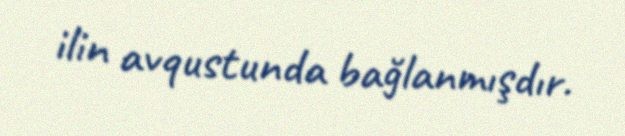
ilin avqustunda bağlanmışdır.